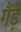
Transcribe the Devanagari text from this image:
गैंड़े